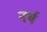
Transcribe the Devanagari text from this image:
नर्थ